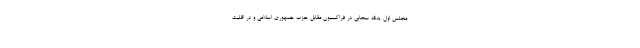
مجلس اول یدالله سحابی در فراکسیون مقابل حزب جمهوری اسلامی و در اقلیت